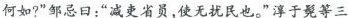
何如?”邹忌日：”减吏省员，使无扰民也。”淳于髡等三